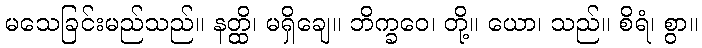
မသေခြင်းမည်သည်။ နတ္ထိ၊ မရှိချေ။ ဘိက္ခဝေ၊ တို့။ ယော၊ သည်။ စိရံ၊ စွာ။